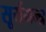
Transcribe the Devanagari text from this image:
सूर्यमन्त्र